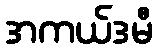
အကယ်ဒမီ